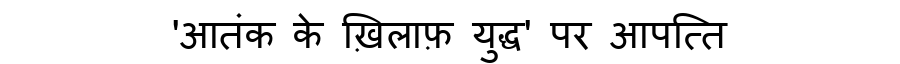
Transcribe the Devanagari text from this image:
'आतंक के ख़िलाफ़ युद्ध' पर आपत्ति